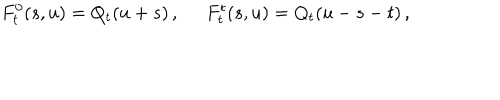
LaTeX: F _ { t } ^ { 0 } ( s , u ) = Q _ { t } ( u + s ) \, , \; \; F _ { t } ^ { t } ( s , u ) = Q _ { t } ( u - s - t ) \, ,